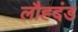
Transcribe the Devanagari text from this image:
लौह्दंड